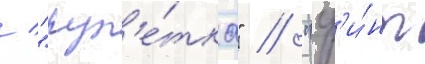
/ "рул'е́тка" / "ф'и́нт